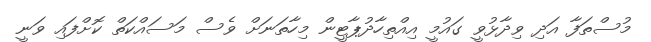
މުސްތަފާ އަދި ވިދާޅުވީ ގައުމީ އިއްތިހާދުޕާޓީން މިހާތަނަށް ވެސް މަސައްކަތް ކޮށްފައި ވަނީ